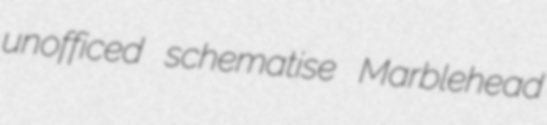
unofficed schematise Marblehead